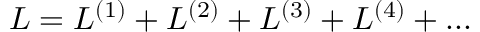
{ \cal L } = { \cal L } ^ { ( 1 ) } + { \cal L } ^ { ( 2 ) } + { \cal L } ^ { ( 3 ) } + { \cal L } ^ { ( 4 ) } + . . .